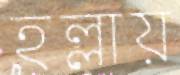
হল্লায়